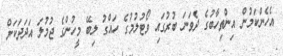
އެހެންކަމުން އިންތިހާބުގެ ދެވަނަ ބުރުގައި ވޯޓުލުމުގެ ހައްގު ލިބޭ މީހުންގެ ޖުމުލަ އަދަދަކަށް